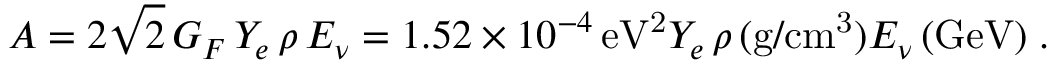
A = 2 \sqrt 2 \, G _ { F } \, Y _ { e } \, \rho \, E _ { \nu } = 1 . 5 2 \times 1 0 ^ { - 4 } \, \mathrm { e V ^ { 2 } } Y _ { e } \, \rho \, ( \mathrm { g / c m ^ { 3 } } ) E _ { \nu } \, ( \mathrm { G e V ) \; . }